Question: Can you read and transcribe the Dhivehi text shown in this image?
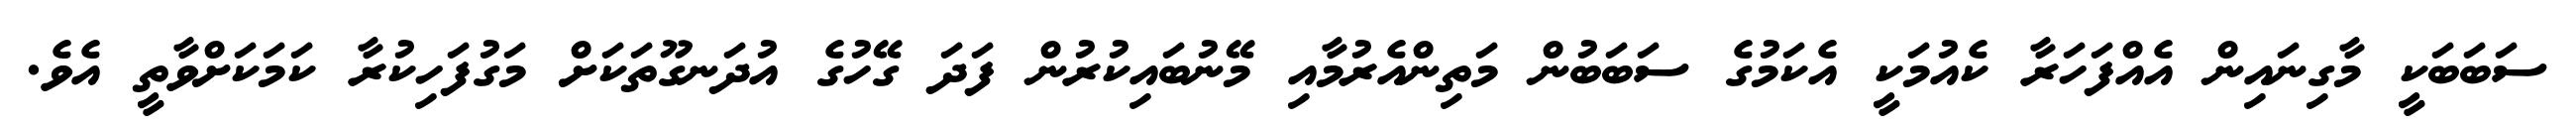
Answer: ސަބަބަކީ މާގިނައިން އެއްފަހަރާ ކެއުމަކީ އެކަމުގެ ސަބަބުން މަތިންއެރުމާއި މޭނުބައިކުރުން ފަދަ ގޭހުގެ އުދަނގޫތަކަށް މަގުފަހިކުރާ ކަމަކަށްވާތީ އެވެ.